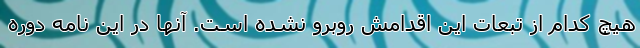
هیچ کدام از تبعات این اقدامش روبرو نشده است. آنها در این نامه دوره